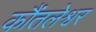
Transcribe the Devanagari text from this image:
कौंतलेश्वर